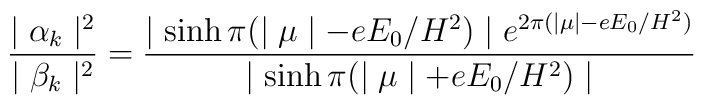
\frac{\mid \alpha _k\mid ^2}{\mid \beta _k\mid ^2}=\frac{\mid\sinh \pi (\mid \mu \mid -eE_0/H^2)\mid e^{2\pi( \mid \mu \mid-eE_0/H^2)}}{\mid \sinh\pi (\mid \mu \mid +eE_0/H^2)\mid }